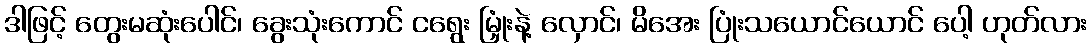
ဒါဖြင့် တွေးမဆုံးပေါင်၊ ခွေးသုံးကောင် ငရွေး မြှုံးနဲ့ လှောင်၊ မိအေး ပြုံးသယောင်ယောင် ပေါ့ ဟုတ်လား